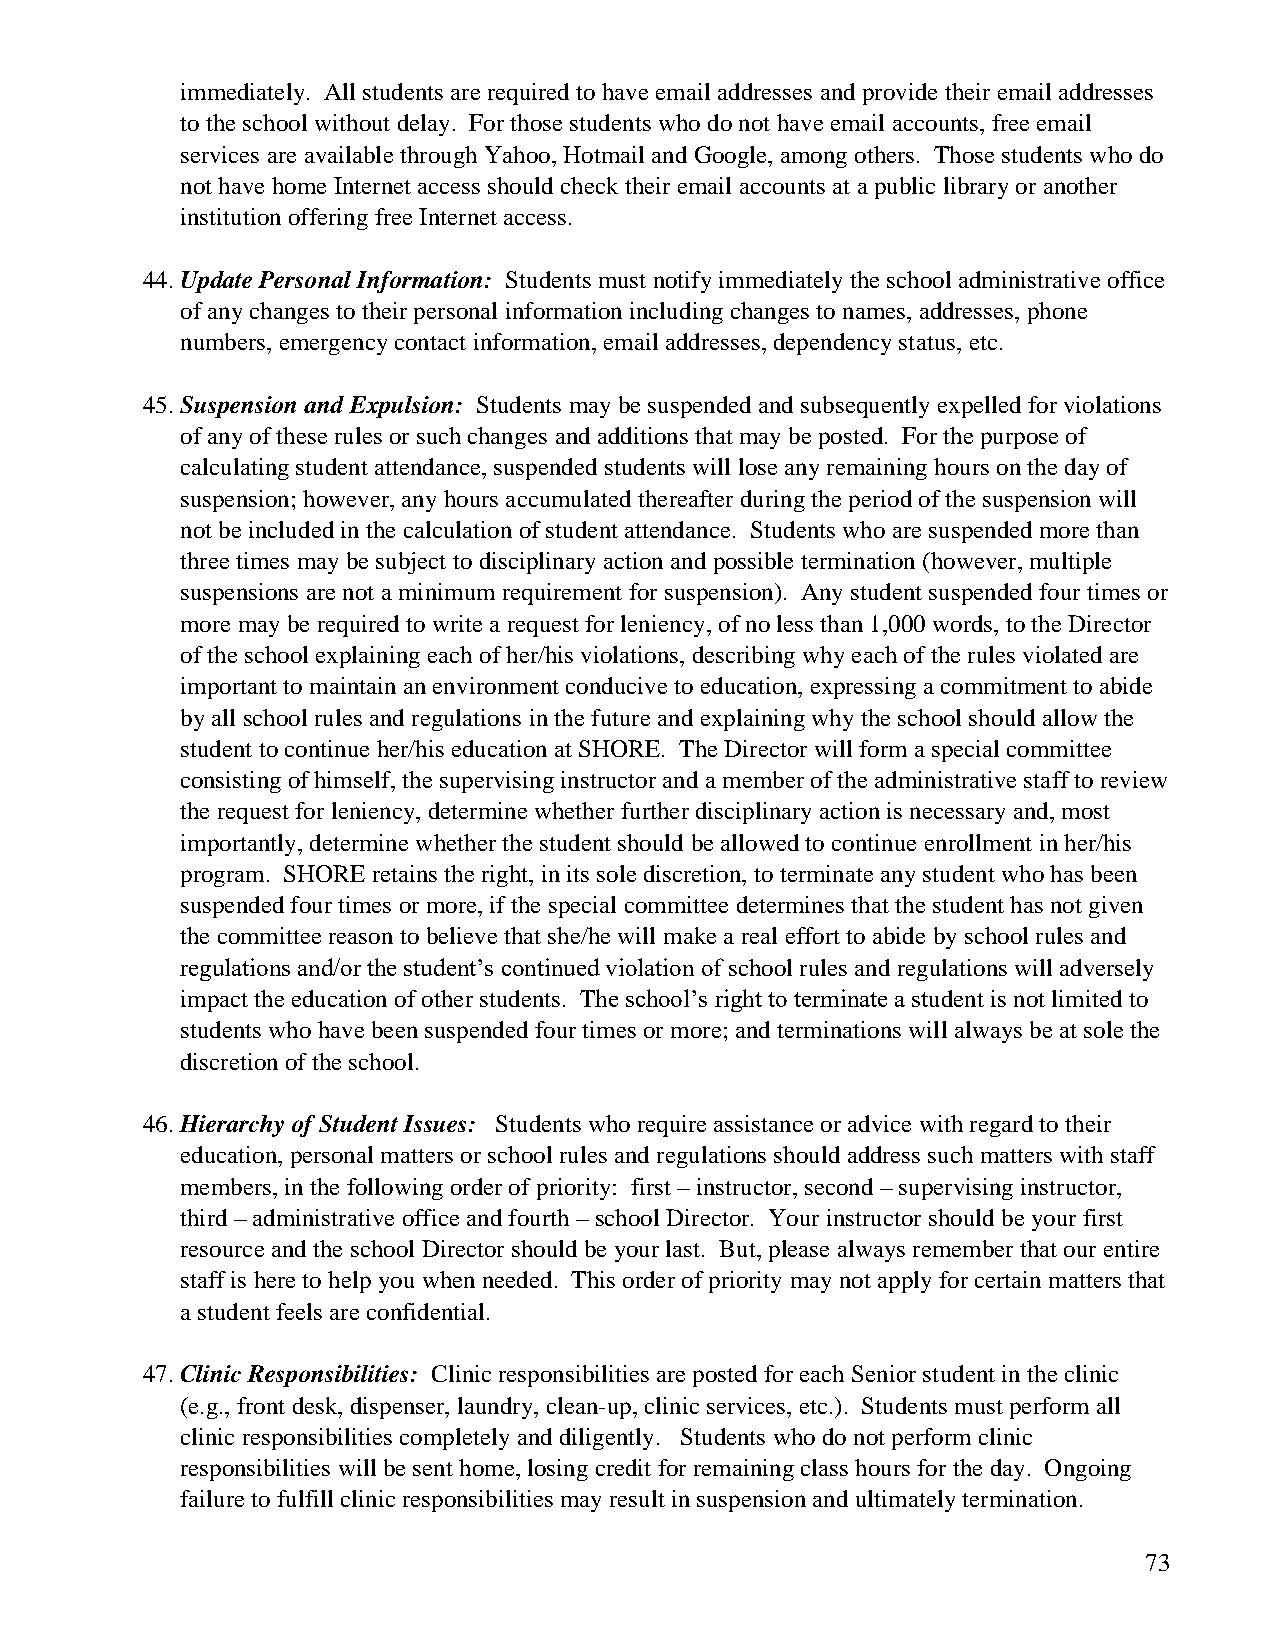
immediately. All students are required to have email addresses and provide their email addresses
 to the school without delay. For those students who do not have email accounts, free email
 services are available through Yahoo, Hotmail and Google, among others. Those students who do
 not have home Internet access should check their email accounts at a public library or another
 institution offering free Internet access.
 44. Update Personal Information: Students must notify immediately the school administrative office
 of any changes to their personal information including changes to names, addresses, phone
 numbers, emergency contact information, email addresses, dependency status, etc.
 45. Suspension and Expulsion: Students may be suspended and subsequently expelled for violations
 of any of these rules or such changes and additions that may be posted. For the purpose of
 calculating student attendance, suspended students will lose any remaining hours on the day of
 suspension; however, any hours accumulated thereafter during the period of the suspension will
 not be included in the calculation of student attendance. Students who are suspended more than
 three times may be subject to disciplinary action and possible termination (however, multiple
 suspensions are not a minimum requirement for suspension). Any student suspended four times or
 more may be required to write a request for leniency, of no less than 1,000 words, to the Director
 of the school explaining each of her/his violations, describing why each of the rules violated are
 important to maintain an environment conducive to education, expressing a commitment to abide
 by all school rules and regulations in the future and explaining why the school should allow the
 student to continue her/his education at SHORE. The Director will form a special committee
 consisting of himself, the supervising instructor and a member of the administrative staff to review
 the request for leniency, determine whether further disciplinary action is necessary and, most
 importantly, determine whether the student should be allowed to continue enrollment in her/his
 program. SHORE retains the right, in its sole discretion, to terminate any student who has been
 suspended four times or more, if the special committee determines that the student has not given
 the committee reason to believe that she/he will make a real effort to abide by school rules and
 regulations and/or the student’s continued violation of school rules and regulations will adversely
 impact the education of other students. The school’s right to terminate a student is not limited to
 students who have been suspended four times or more; and terminations will always be at sole the
 discretion of the school.
 46. Hierarchy of Student Issues: Students who require assistance or advice with regard to their
 education, personal matters or school rules and regulations should address such matters with staff
 members, in the following order of priority: first – instructor, second – supervising instructor,
 third – administrative office and fourth – school Director. Your instructor should be your first
 resource and the school Director should be your last. But, please always remember that our entire
 staff is here to help you when needed. This order of priority may not apply for certain matters that
 a student feels are confidential.
 47. Clinic Responsibilities: Clinic responsibilities are posted for each Senior student in the clinic
 (e.g., front desk, dispenser, laundry, clean-up, clinic services, etc.). Students must perform all
 clinic responsibilities completely and diligently. Students who do not perform clinic
 responsibilities will be sent home, losing credit for remaining class hours for the day. Ongoing
 failure to fulfill clinic responsibilities may result in suspension and ultimately termination.
 73